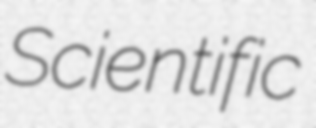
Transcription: Scientific